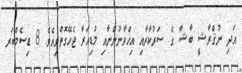
އަދި ނުޤްރާޝީ ބާޝާ ގެ ސަރުކާރާއި އިޚްވާނުންނާއި މުޑިއަރާ ޖެހޭގޮތްވިއެވެ. 8 ޑިސެމްބަރ